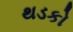
થડકો